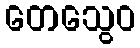
တေသွေဝ